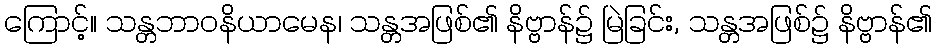
ကြောင့်။ သန္တဘာဝနိယာမေန၊ သန္တအဖြစ်၏ နိဗ္ဗာန်၌ မြဲခြင်း, သန္တအဖြစ်၌ နိဗ္ဗာန်၏